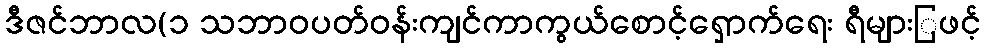
ဒီဇင်ဘာလ(၁ သဘာဝပတ်ဝန်းကျင်ကာကွယ်စောင့်ရှောက်ရေး ရီများြဖင့်